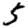
Digit: 5